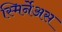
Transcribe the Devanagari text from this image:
स्मिर्नेअस